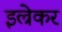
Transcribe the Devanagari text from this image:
इल्रेकर